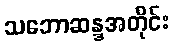
သဘောဆန္ဒအတိုင်း